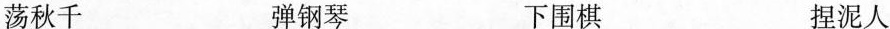
荡秋千 弹钢琴 下围棋 捏泥人